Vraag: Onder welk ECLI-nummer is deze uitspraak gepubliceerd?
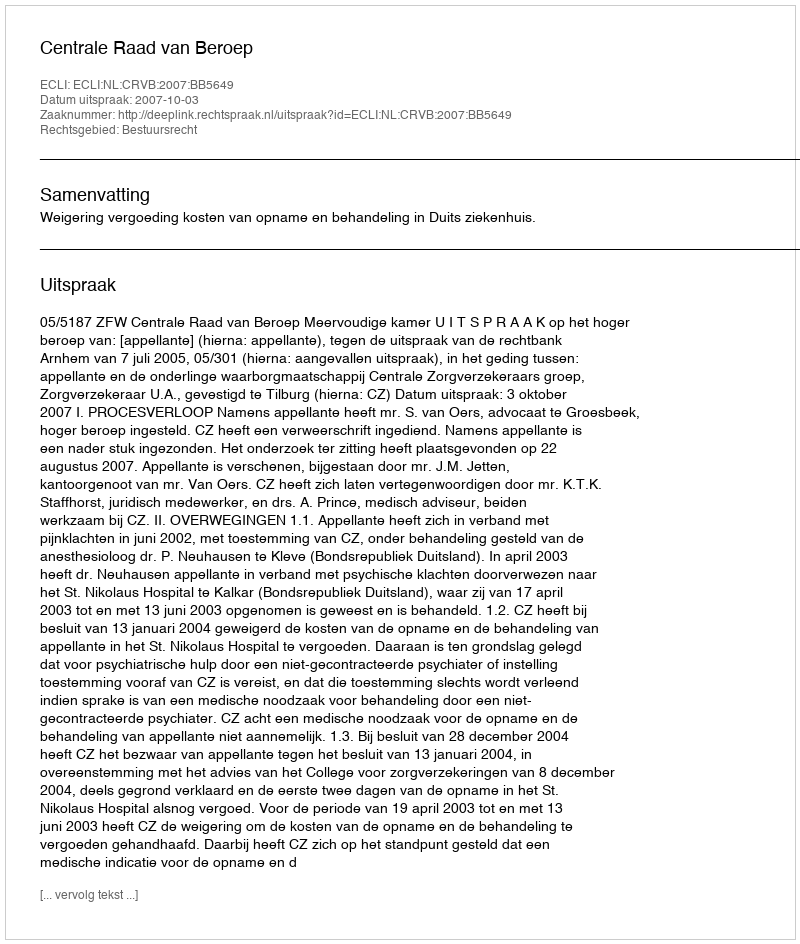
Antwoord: ECLI:NL:CRVB:2007:BB5649